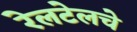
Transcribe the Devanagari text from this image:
रेलटेलचे